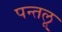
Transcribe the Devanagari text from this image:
पन्तलू